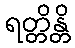
ရတ္တိန္တိ